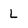
Character: L